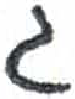
אות: ג